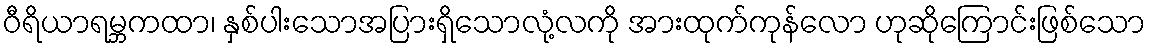
ဝီရိယာရမ္ဘကထာ၊ နှစ်ပါးသောအပြားရှိသောလုံ့လကို အားထုက်ကုန်လော ဟုဆိုကြောင်းဖြစ်သော